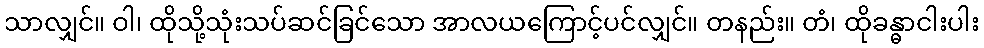
သာလျှင်။ ဝါ၊ ထိုသို့သုံးသပ်ဆင်ခြင်သော အာလယကြောင့်ပင်လျှင်။ တနည်း။ တံ၊ ထိုခန္ဓာငါးပါး